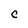
Character: C